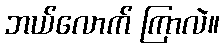
ဘယ်လောက် ကြာလဲ။